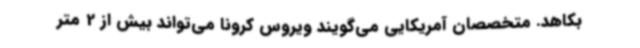
بکاهد. متخصصان آمریکایی می‌گویند ویروس کرونا می‌تواند بیش از 2 متر